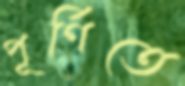
পূর্ণিতে